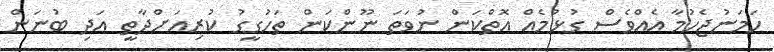
ހަމަނުޖެހުމާ އެއްވެސް ގުޅުމެއް އޮތްކަން ނުވަތަ ނޫންކަން ތަހުގީގު ކުރިއަށްދާތީ އަދި ބުނަން